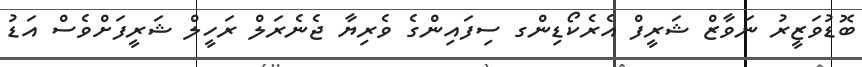
ބޮޑުވަޒީރު ނަވާޒް ޝަރީފް އެރެކޯޑިންގ ސިފައިންގެ ވެރިޔާ ޖެނެރަލް ރަހީލް ޝަރީފަށްވެސް އަޑު